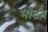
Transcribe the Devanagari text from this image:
मॉटन